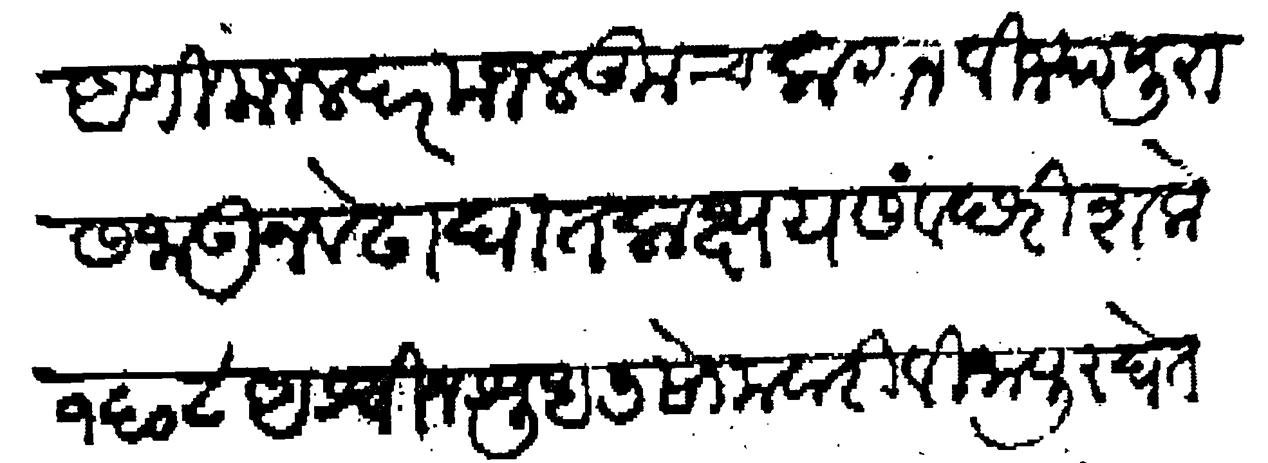
Transliteration (Devanagari): आणी मजल दर मजल कुच करून विज्यापुरास जाऊन वेढा घातला क्षय संवछरी शके १६०८ अश्वीन शुध ७ सोमवारी विजापुर घेतले